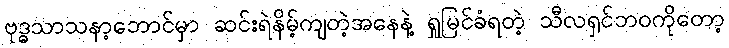
ဗုဒ္ဓသာသနာ့ဘောင်မှာ ဆင်းရဲနိမ့်ကျတဲ့အနေနဲ့ ရှုမြင်ခံရတဲ့ သီလရှင်ဘဝကိုတော့